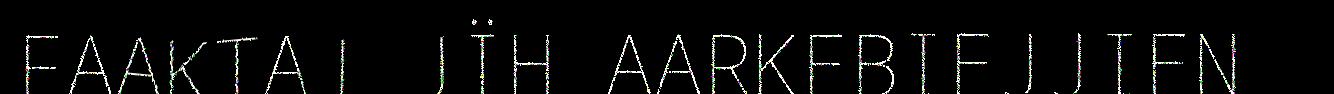
FAAKTAJ JÏH AARKEBIEJJIEN